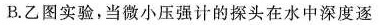
B.乙图实验，当微小压强计的探头在水中深度逐